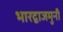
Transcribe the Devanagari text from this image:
भारद्वाजमुनी